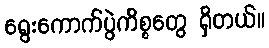
ရွေးကောက်ပွဲကိစ္စတွေ ရှိတယ်။